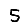
Digit: 5